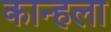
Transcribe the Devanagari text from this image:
कान्हला